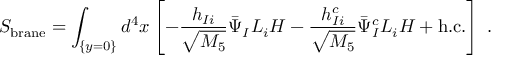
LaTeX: S _ { \mathrm { b r a n e } } = \int _ { \{ y = 0 \} } d ^ { 4 } x \left[ - \frac { h _ { I i } } { \sqrt { M _ { 5 } } } \bar { \Psi } _ { I } L _ { i } H - \frac { h _ { I i } ^ { c } } { \sqrt { M _ { 5 } } } \bar { \Psi } _ { I } ^ { c } L _ { i } H + \mathrm { h . c . } \right] \; .